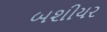
બશીયર